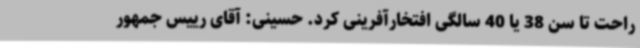
راحت تا سن 38 یا 40 سالگی افتخارآفرینی کرد. حسینی: آقای رییس جمهور